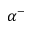
\alpha ^ { - }